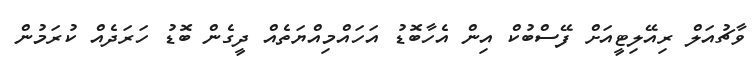
ވާޗުއަލް ރިއޭލިޓީއަށް ފޭސްބުކް އިން އެހާބޮޑު އަހައްމިއްޔަތެއް ދީގެން ބޮޑު ހަރަދެއް ކުރަމުން